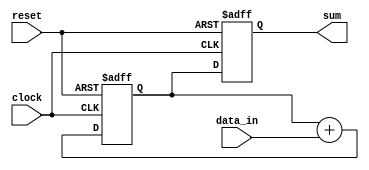
module ParallelAccumulator(
    input clock,
    input reset,
    input [7:0] data_in,
    output reg [15:0] sum
);

reg [15:0] accumulator;

always @(posedge clock or posedge reset) begin
    if (reset) begin
        accumulator <= 16'h0000;
        sum <= 16'h0000;
    end else begin
        accumulator <= accumulator + data_in;
        sum <= accumulator;
    end
end

endmodule